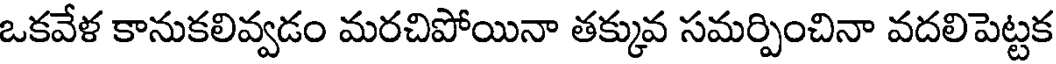
ఒకవేళ కానుకలివ్వడం మరచిపోయినా తక్కువ సమర్పించినా వదలిపెట్టక